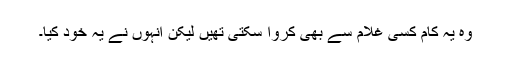
وہ یہ کام کسی غلام سے بھی کروا سکتی تھیں لیکن انہوں نے یہ خود کیا۔